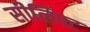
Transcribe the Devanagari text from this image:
सीलिफ्ट